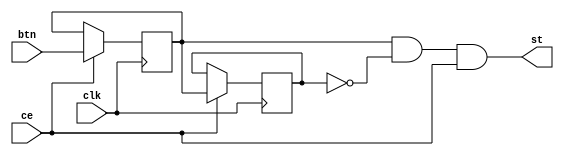
`timescale 1ns / 1ps
//////////////////////////////////////////////////////////////////////////////////
// Company: 
// Engineer: 
// 
// Design Name: 
// Module Name:    BTN_BL 
// Project Name: 
// Target Devices: 
// Tool versions: 
// Description: 
//
// Dependencies: 
//
// Revision: 
// Revision 0.01 - File Created
// Additional Comments: 
//
//////////////////////////////////////////////////////////////////////////////////
module BTN_BL( input btn, output st,//Tst=Tclk
input clk,
input ce); // ce1ms
reg q1=0, q2=0 ;
assign st= q1 & !q2 & ce ;
always @ (posedge clk) begin
	q1 <= ce? btn : q1 ; q2 <= ce? q1 : q2 ;
end
endmodule